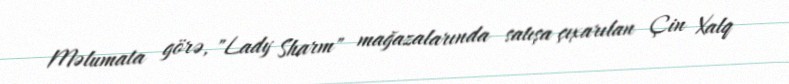
Məlumata görə, "Lady Sharm" mağazalarında satışa çıxarılan Çin Xalq